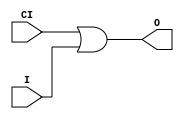
// $Header: /devl/xcs/repo/env/Databases/CAEInterfaces/xec_libs/data/unisims/ORCY.v,v 1.1 2005/05/10 01:20:08 wloo Exp $

/*

FUNCTION	: OR for carry logic

*/

`celldefine
`timescale  100 ps / 10 ps

module ORCY (O, CI, I);

    output O;

    input  CI, I;

	or X1 (O, CI, I);

endmodule